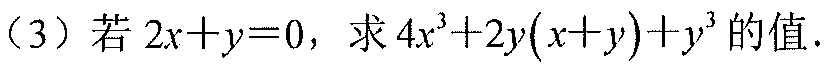
（3）若 \(2x + y = 0\)，求 \(4x^{3}+2y(x + y)+y^{3}\) 的值.